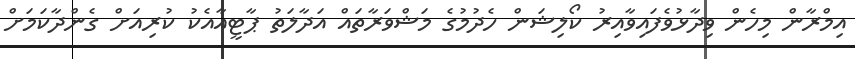
އިމްރާން މިހެން ވިދާޅުވެފައިވާއިރު ކޯލިޝަން ހެދުމުގެ މަޝްވަރާތައް އަދާލަތު ޕާޓީއާއެކު ކުރިއަށް ގެންދާކަމަށް